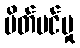
ပိတ်ပင်မှု